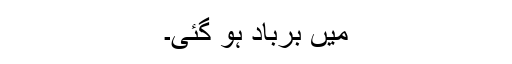
میں برباد ہو گئی۔